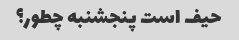
حیف است پنجشنبه چطور؟